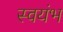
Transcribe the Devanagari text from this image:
स्वयंभ